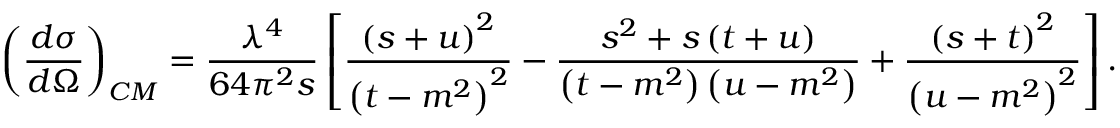
\left( \frac { d \sigma } { d \Omega } \right) _ { C M } = \frac { \lambda ^ { 4 } } { 6 4 \pi ^ { 2 } s } \left[ \frac { \left( s + u \right) ^ { 2 } } { \left( t - m ^ { 2 } \right) ^ { 2 } } - \frac { s ^ { 2 } + s \left( t + u \right) } { \left( t - m ^ { 2 } \right) \left( u - m ^ { 2 } \right) } + \frac { \left( s + t \right) ^ { 2 } } { \left( u - m ^ { 2 } \right) ^ { 2 } } \right] .